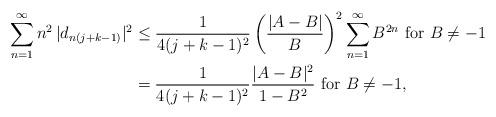
LaTeX: \begin{align*} \sum_{n=1}^{\infty} n^2 \, |d_{n(j+k-1)}|^2 & \le \frac{1}{4(j+k-1)^2}\left(\frac{|A-B|}{B}\right)^2\sum_{n=1}^{\infty}B^{2n} \mbox{ for } B\neq -1\\& = \frac{1}{4(j+k-1)^2} \frac{|A-B|^2}{1-B^2} \mbox{ for }B\neq -1,\end{align*}